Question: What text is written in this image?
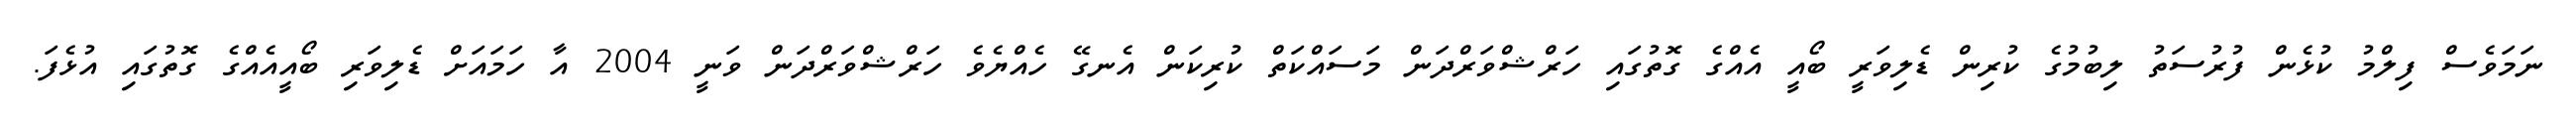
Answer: ނަމަވެސް ފިލްމު ކުޅެން ފުރުސަތު ލިބުމުގެ ކުރިން ޑެލިވަރީ ބޯއީ އެއްގެ ގޮތުގައި ހަރްޝްވަރްދަން މަސައްކަތް ކުރިކަން އެނގޭ ހެއްޔެވެ ހަރްޝްވަރްދަން ވަނީ 2004 އާ ހަމައަށް ޑެލިވަރި ބޯއީއެއްގެ ގޮތުގައި އުޅެފަ.